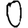
Digit: 0